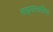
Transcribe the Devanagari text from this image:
लढ्यासाठीचा